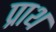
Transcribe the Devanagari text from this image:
प्राथ